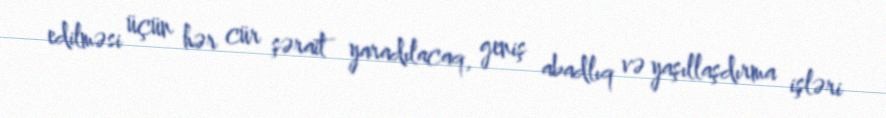
edilməsi üçün hər cür şərait yaradılacaq, geniş abadlıq və yaşıllaşdırma işləri